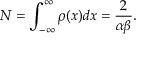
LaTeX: N = \int _ { - \infty } ^ { \infty } \rho ( x ) d x = \frac { 2 } { \alpha \beta } .